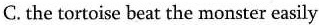
C. the tortoise beat the monster easily